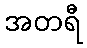
အတရီ